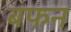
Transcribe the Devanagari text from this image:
बफन